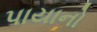
પાયાનો